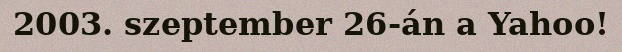
2003. szeptember 26-án a Yahoo!